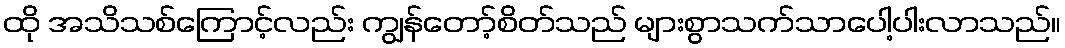
ထို အသိသစ်ကြောင့်လည်း ကျွန်တော့်စိတ်သည် များစွာသက်သာပေါ့ပါးလာသည်။